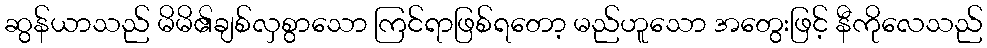
ဆွန်ယာသည် မိမိ၏ချစ်လှစွာသော ကြင်ရာဖြစ်ရတော့ မည်ဟူသော အတွေးဖြင့် နီကိုလေသည်